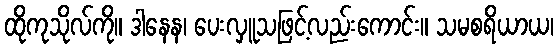
ထိုကုသိုလ်ကို။ ဒါနေန၊ ပေးလှူသဖြင့်လည်းကောင်း။ သမစရိယာယ၊